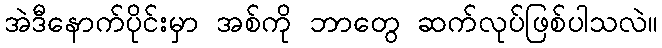
အဲဒီနောက်ပိုင်းမှာ အစ်ကို ဘာတွေ ဆက်လုပ်ဖြစ်ပါသလဲ။